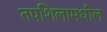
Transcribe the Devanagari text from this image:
तपशिलामधील